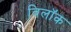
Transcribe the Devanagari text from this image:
विलॉक